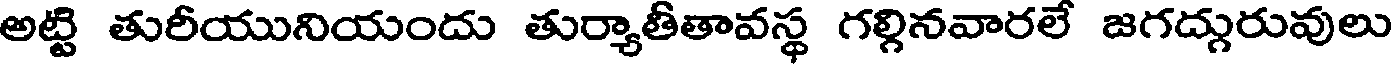
అట్టి తురీయునియందు తుర్యాతీతావస్థ గల్గినవారలే జగద్గురువులు